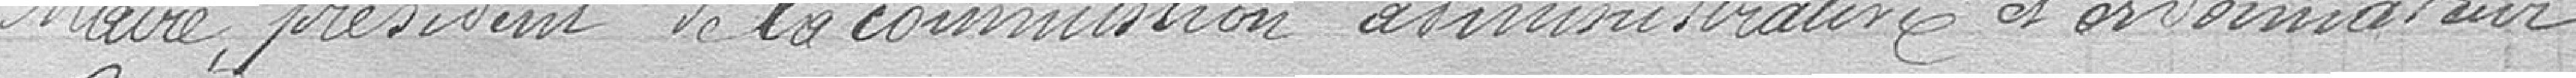
Maire, président de la commission et ordonnateur